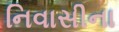
નિવાસીના